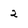
Character: 2